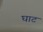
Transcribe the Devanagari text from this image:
घाट